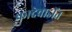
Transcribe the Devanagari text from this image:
कादेवाडींत